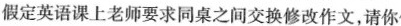
假定英语课上老师要求同桌之间交换修改作文，请你